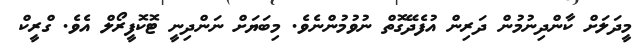
މީދަަލަށް ކާންދިނުމުން ދަރިން އުފެދޭގޮތް ނުވުމުންނެވެ. މިބަޔަށް ނަންދިނީ ޓޮކޮފީރޯލް އެވެ. ގްރީކް